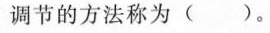
调节的方法称为()